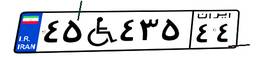
۴۵W۴۳۵۴۴